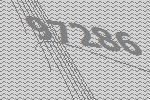
97286